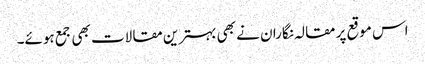
اس موقع پر مقالہ نگاران نے بھی بہترین مقالات بھی جمع ہوئے۔